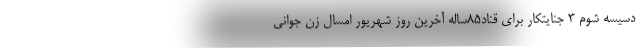
دسیسه شوم 3 جنایتکار برای قناد85ساله آخرین روز شهریور امسال زن جوانی